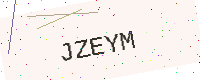
Text: JZEYM